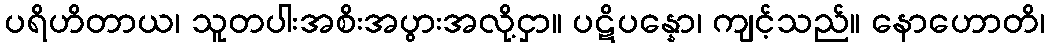
ပရိဟိတာယ၊ သူတပါးအစိးအပွားအလို့ငှာ။ ပဋိပန္နော၊ ကျင့်သည်။ နောဟောတိ၊